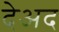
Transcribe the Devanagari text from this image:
देअद